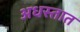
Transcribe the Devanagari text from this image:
अधस्तात